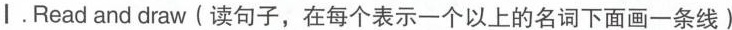
丨. Read and draw（读句子,在每个表示一个以上的名词下面画一条线）